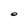
Character: O